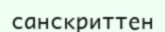
санскриттен